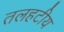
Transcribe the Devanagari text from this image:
तलहटीय